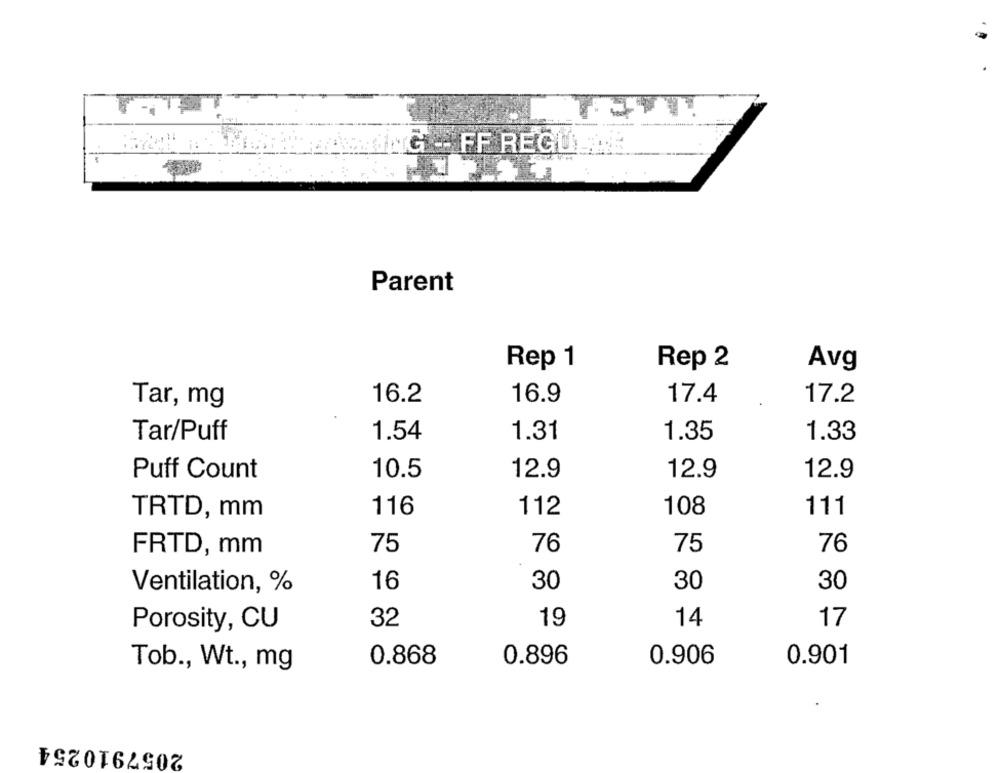
G -- FF REGU
Parent
Rep 1
Rep 2
Avg
16.2
16.9
17.4
17.2
Tar, mg
Tar/Puff
1.54
1.31
1.35
1.33
Puff Count
10.5
12.9
12.9
12.9
116
112
108
111
TRTD, mm
75
76
75
76
FRTD, mm
16
30
30
30
Ventilation, %
Porosity, CU
32
19
14
17
0.868
0.896
0.906
0.901
Tob ., Wt ., mg
2057910254